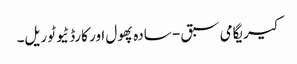
کیریگامی سبق - سادہ پھول اور کارڈ ٹیوٹوریل۔